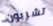
تشربون